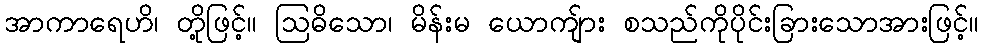
အာကာရေဟိ၊ တို့ဖြင့်။ ဩဓိသော၊ မိန်းမ ယောကျ်ား စသည်ကိုပိုင်းခြားသောအားဖြင့်။